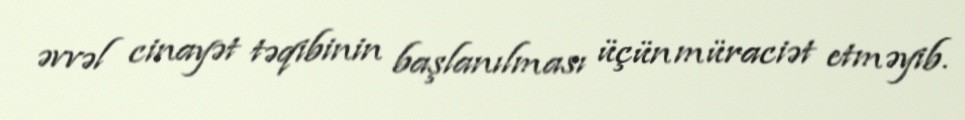
əvvəl cinayət təqibinin başlanılması üçün müraciət etməyib.